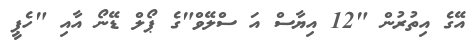
އޭގެ އިތުރުން "12 އިޔާސް އަ ސްލޭވް"ގެ ޕޯލް ޑޭނޯ އާއި "ހެޕީ